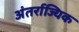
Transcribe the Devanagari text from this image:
अंतर्राज्यिक